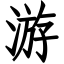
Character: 游